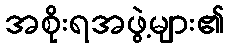
အစိုးရအဖွဲ့များ၏